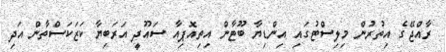
ރާއްޖޭގެ އިތުރުން މިލިސްޓުގައި އިންޑިޔާ ބޫޓާން އިތިއޮޕިއާ ސައޫދީ އަރަބިޔާ ކަޒަކަސްތާން އަދި